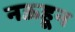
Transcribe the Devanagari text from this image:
नऊहून